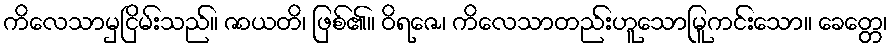
ကိလေသာမှငြိမ်းသည်။ ဇာယတိ၊ ဖြစ်၏။ ဝိရဇေ၊ ကိလေသာတည်းဟူသောမြူကင်းသော။ ခေတ္တေ၊